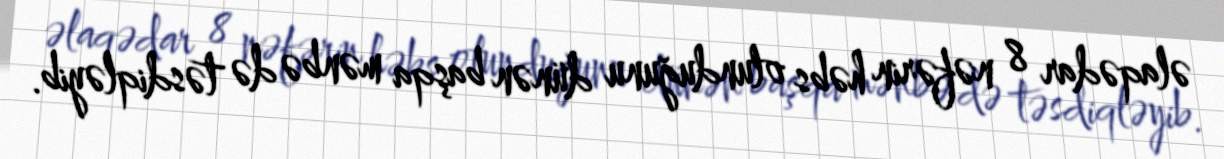
əlaqədar 8 nəfərin həbs olunduğunu dünən başqa mənbə də təsdiqləyib.